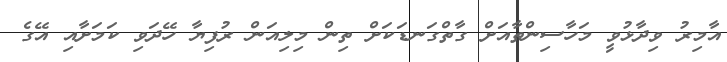
އާމިރު ވިދާޅުވީ މަހާސިންތާއަށް ގާތްގަނޑަކަށް ތިން މިލިއަން ރުފިޔާ ހޭދަވި ކަމަށާއި އޭގެ